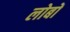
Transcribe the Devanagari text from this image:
लोबों